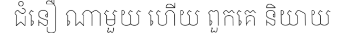
ជំនឿ ណាមួយ ហើយ ពួកគេ និយាយ